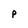
Character: P